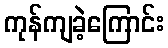
ကုန်ကျခဲ့ကြောင်း